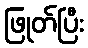
ဖြုတ်ပြီး